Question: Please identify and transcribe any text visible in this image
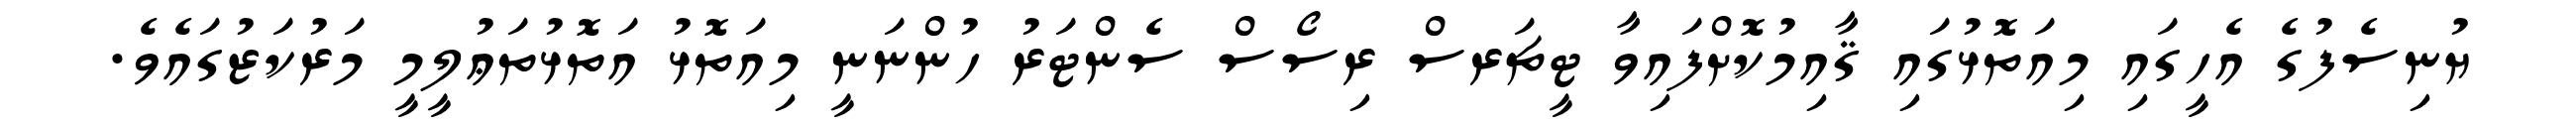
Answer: ޔުނިސެފުގެ އެހީގައި މިއަތޮޅުގައި ޤާއިމުކޮށްފައިވާ ޓީޗަރސް ރިސޯސް ސެންޓަރު ހުންނަނީ މިއަތޮޅު އަތޮޅުތަޢުލީމީ މަރުކަޒުގައެވެ.